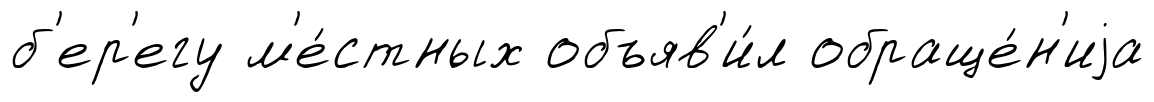
б'ер'егу м'е́стных объяв'и́л обраще́н'иjа